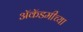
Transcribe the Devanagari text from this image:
अॅकॅडमीच्या